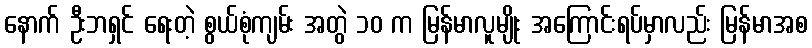
နောက် ဦးဘရှင် ရေးတဲ့ စွယ်စုံကျမ်း အတွဲ ၁၀ က မြန်မာလူမျိုး အကြောင်းရပ်မှာလည်း မြန်မာအစ